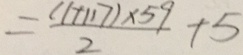
= \frac { ( 1 + 1 1 7 ) \times 5 9 } { 2 } + 5